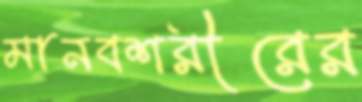
মানবশরীরের